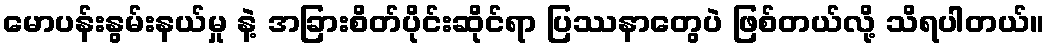
မောပန်းနွမ်းနယ်မှု နဲ့ အခြားစိတ်ပိုင်းဆိုင်ရာ ပြဿနာတွေပဲ ဖြစ်တယ်လို့ သိရပါတယ်။